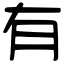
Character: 有